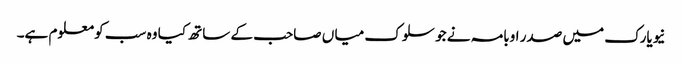
نیویارک میں صدر اوبامہ نے جو سلوک میا ں صاحب کے ساتھ کیا وہ سب کو معلوم ہے۔